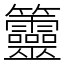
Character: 䉹